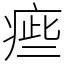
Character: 㾚